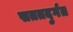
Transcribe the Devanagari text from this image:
सततदुर्गत